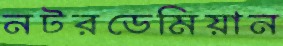
নটরডেমিয়ান